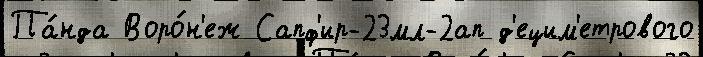
Па́нда Воро́н'еж Сапф'ир-23мл-2ап д'ецим'етрового